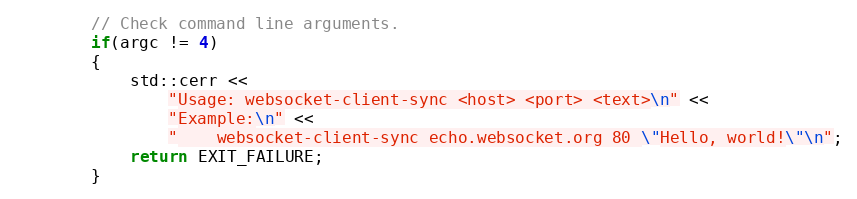
Language: C++
        // Check command line arguments.
        if(argc != 4)
        {
            std::cerr <<
                "Usage: websocket-client-sync <host> <port> <text>\n" <<
                "Example:\n" <<
                "    websocket-client-sync echo.websocket.org 80 \"Hello, world!\"\n";
            return EXIT_FAILURE;
        }